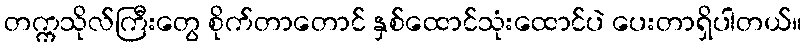
တက္ကသိုလ်ကြီးတွေ စိုက်တာတောင် နှစ်ထောင်သုံးထောင်ပဲ ပေးတာရှိပါတယ်။